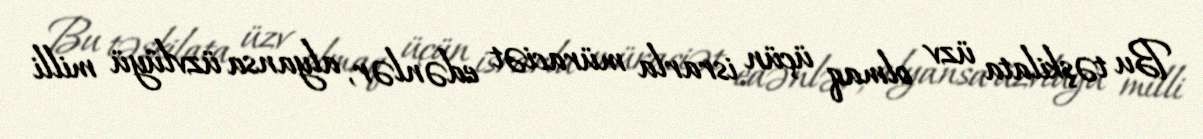
Bu təşkilata üzv olmaq üçün israrla müraciət edənlər, alyansa üzvlüyü milli